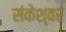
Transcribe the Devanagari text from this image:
संकेश्‍वर